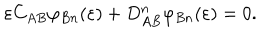
\varepsilon C _ { A B } \varphi _ { B n } ( \varepsilon ) + D _ { A B } ^ { n } \varphi _ { B n } ( \varepsilon ) = 0 .